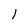
Character: l